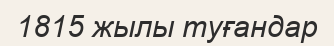
1815 жылы туғандар